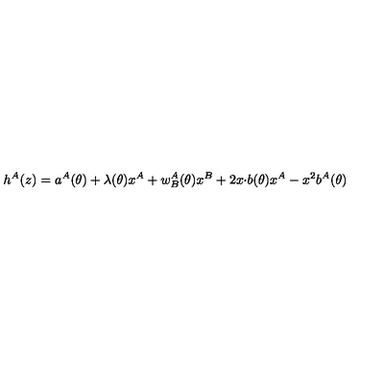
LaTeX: h ^ { A } ( z ) = a ^ { A } ( \theta ) + \lambda ( \theta ) x ^ { A } + w _ { B } ^ { A } ( \theta ) x ^ { B } + 2 x { \cdot b } ( \theta ) x ^ { A } - x ^ { 2 } b ^ { A } ( \theta )